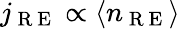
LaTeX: j_{\mathrm{~R~E~}}\propto\langle n_{\mathrm{~R~E~}}\rangle